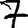
Digit: 7